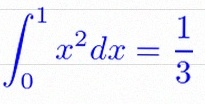
\int_0^1 x^2dx=\frac13